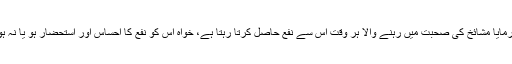
فرمایا مشائخ کی صحبت میں رہنے والا ہر وقت اُس سے نفع حاصل کرتا رہتا ہے، خواہ اس کو نفع کا احساس اور استحضار ہو یا نہ ہو۔